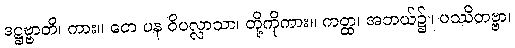
ဒဋ္ဌဗ္ဗာတိ၊ ကား။ တေ ပန ဝိပလ္လာသာ၊ တို့ကိုကား။ ကတ္ထ၊ အဘယ်၌။ ပဿိတဗ္ဗာ၊